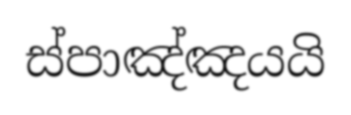
ස්පාඤ්ඤයයි